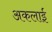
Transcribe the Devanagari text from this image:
अकलाई